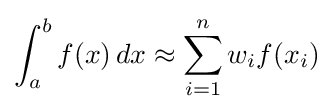
\int _{a}^{b}f(x)\,dx\approx \sum _{i=1}^{n}w_{i}f(x_{i})